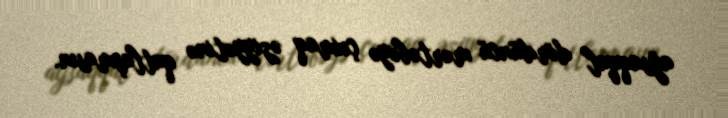
ağsaqqal dördüncü mərtəbəyə çıxmaq əziyyətinə qatlaşmasın.